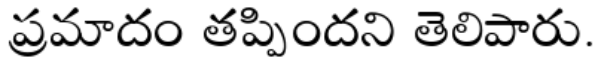
ప్రమాదం తప్పిందని తెలిపారు.